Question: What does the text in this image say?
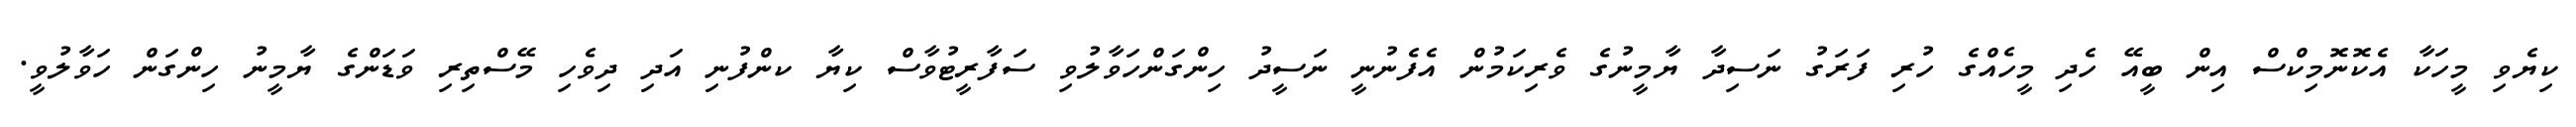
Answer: ކިޔެވި މީހަކާ އެކޮނޮމިކްސް އިން ބީއޭ ހެދި މީހެއްގެ ހުރި ފަރަގު ނަސިދާ ޔާމީނުގެ ވެރިކަމުން އެފެނުނީ ނަސީދު ހިންގަންހަވާލުވި ސަފާރީޓުވާސް ކިޔާ ކންފުނި އަދި ދިވެހި މޭސްތިރި ވަޑަންގެ ޔާމީނު ހިންގަން ހަވާލުވީ.